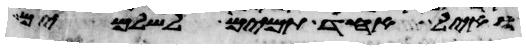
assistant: ואיל אחד תמים לשלמים